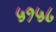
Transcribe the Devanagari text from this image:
५१५८